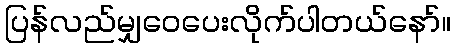
ပြန်လည်မျှဝေပေးလိုက်ပါတယ်နော်။